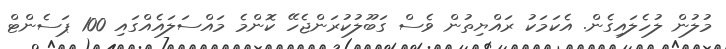
މުލުން ލުހެލައިގެން. އެކަމަކު ރައްޔިތުން ވެސް ގަބޫލުކުރަންޖެހޭ ކޮންމެ މައްސަލައެއްގައި 100 ޕަސެންޓް